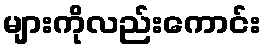
များကိုလည်းကောင်း